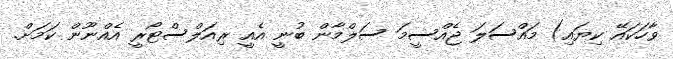
ވާހަކައޭ ކިޔައި) މައްސަލަ ޖެއްސީމަ ސަލްމާން ބުނީ އެއީ ރިއަލްސްޓޯރީ އެއްނޫން ކަމަށް.